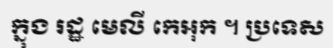
ក្នុង រដ្ឋ មេលី កេអុក ។ ប្រទេស